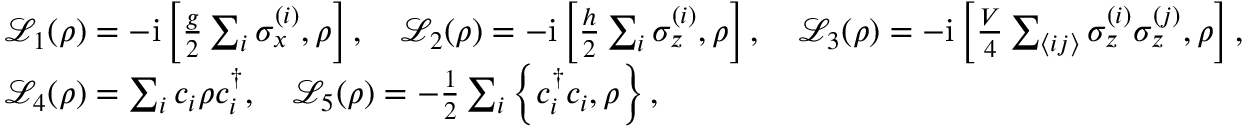
\begin{array} { r l } & { \mathcal { L } _ { 1 } ( { \rho } ) = - \mathrm { i } \left[ \frac { g } { 2 } \sum _ { i } \sigma _ { x } ^ { ( i ) } , { \rho } \right] , \quad \mathcal { L } _ { 2 } ( { \rho } ) = - \mathrm { i } \left[ \frac { h } { 2 } \sum _ { i } \sigma _ { z } ^ { ( i ) } , { \rho } \right] , \quad \mathcal { L } _ { 3 } ( { \rho } ) = - \mathrm { i } \left[ \frac { V } { 4 } \sum _ { \langle i j \rangle } \sigma _ { z } ^ { ( i ) } \sigma _ { z } ^ { ( j ) } , { \rho } \right] , } \\ & { \mathcal { L } _ { 4 } ( { \rho } ) = \sum _ { i } { c } _ { i } { \rho } { c } _ { i } ^ { \dagger } , \quad \mathcal { L } _ { 5 } ( { \rho } ) = - \frac { 1 } { 2 } \sum _ { i } \left\{ { c } _ { i } ^ { \dagger } { c } _ { i } , { \rho } \right\} , } \end{array}